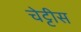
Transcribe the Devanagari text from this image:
चेट्टीस